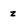
Character: z